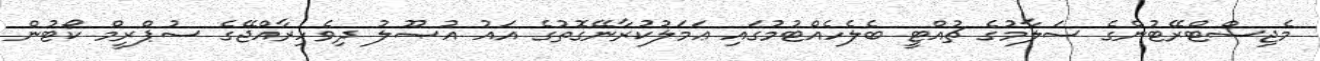
މެޖިސްޓްރޭޓުންގެ ސަލާމުގެ ޗުއްޓީ ބެލެހެއްޓުމުގައި ޢަމަލުކުރާނޭގޮތުގެ އައު އުޞޫލު ދިވެހިރާއްޖޭގެ ސުޕްރީމް ކޯޓުން